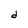
Character: d